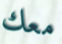
معك